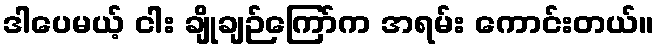
ဒါပေမယ့် ငါး ချိုချဉ်ကြော်က အရမ်း ကောင်းတယ်။